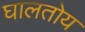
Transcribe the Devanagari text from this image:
घालतोय